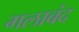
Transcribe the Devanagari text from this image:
गलाबंद